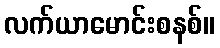
လက်ယာမောင်းစနစ်။